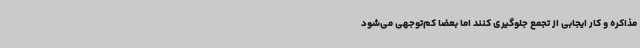
مذاکره و کار ایجابی از تجمع جلوگیری کنند اما بعضا کم‌توجهی می‌شود